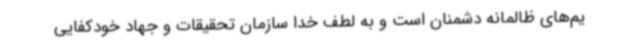
یم‌های ظالمانه دشمنان است و به لطف خدا سازمان تحقیقات و جهاد خودکفایی